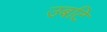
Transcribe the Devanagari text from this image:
उबटि